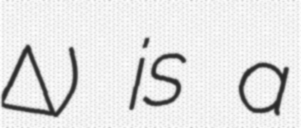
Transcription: Διρού) is a